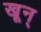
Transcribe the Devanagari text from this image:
खून्